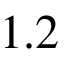
1 . 2